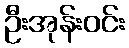
ဦးအုန်းဝင်း